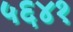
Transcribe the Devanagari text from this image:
५६४१